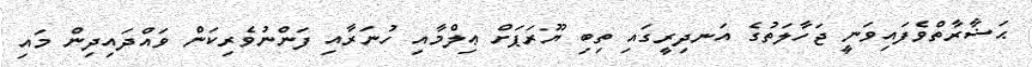
ޙަޟާރާތްވެފައިވަނީ ޖަހާލަތުގެ އަނދިރީގައި ތިބި ޔޫރަޕަށް ޢިލްމާއި ހުނަރާއި ފަންނުވެރިކަން ވައްދައިދިން މައި